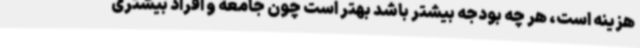
هزینه است، هر چه بودجه بیشتر باشد بهتر است چون جامعه و افراد بیشتری